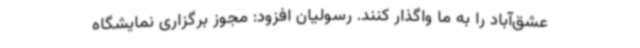
عشق‌آباد را به ما واگذار کنند. رسولیان افزود: مجوز برگزاری نمایشگاه